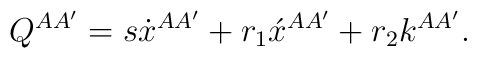
Q^{AA'}=s\dot{x}{}^{AA'} + r_{1}\acute{x}{}^{AA'} + r_{2}k^{AA'}.